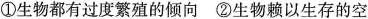
①生物都有过度繁殖的倾向②生物赖以生存的空